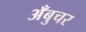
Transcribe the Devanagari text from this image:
अँबुचर